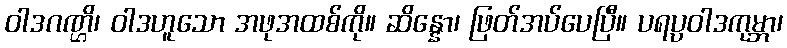
ဝါဒဂဏ္ဌိ၊ ဝါဒဟူသော အဖုအထစ်ကို။ ဆိန္နော၊ ဖြတ်အပ်ပေပြီ။ ပရပ္ပဝါဒကုမ္ဘာ၊